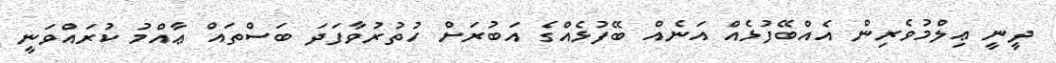
ދީނީ ޢިލްމުވެރިން އެއްބޭފުޅެއް އަނެއް ބޭފުޅެއްގެ އަބުރަށް ހުތުރުވާފަދަ ބަސްތައް ޢާއްމު ކުރައްވަނީ